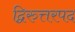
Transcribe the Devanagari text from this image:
द्विरुत्तरपद